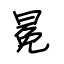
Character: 冕